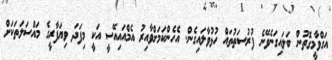
އަގްވާމީގޮތުން ބަލައިގަނެވޭނެ ފުރުސަތުތައް ހުޅުވާލައިގެން. އެހެންކަމަށްވާއިރު އެމްއައިއޭސީ އަކީ މިފަދަ ވިޔަފާރީގެ މައްސަލަތަކަށް